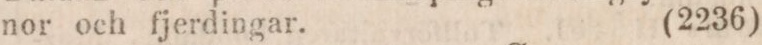
nor och fjerdingar.    (2236)